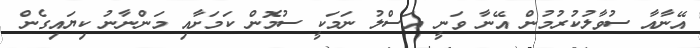
އޭނާއާ ސުވާލުކުރުމުން އޭނާ ވަނީ އަސްލު ނަމަކީ ސުމޮން ކަމަށާއި މަންނާނު ކިޔައިގެން